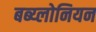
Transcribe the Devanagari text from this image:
बब्य्लोनियन